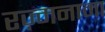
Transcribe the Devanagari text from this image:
रज़्मनामा